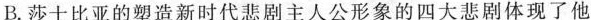
B.莎士比亚的塑造新时代悲剧主人公形象的四大悲剧体现了他